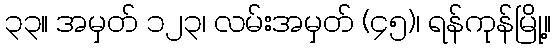
၃၃။ အမှတ် ၁၂၃၊ လမ်းအမှတ် (၄၅)၊ ရန်ကုန်မြို့။